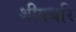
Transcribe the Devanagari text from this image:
शीषधरि